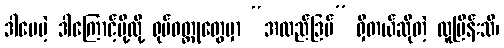
ဒါပေမဲ့ ဒါကြောင့်မို့လို့ ရုပ်ဝတ္ထုတွေမှာ “အထည်ဒြပ်” ရှိတယ်ဆိုတဲ့ လူပြိန်းသိ၊